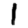
Digit: 1